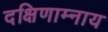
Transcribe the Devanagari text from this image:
दक्षिणाम्नाय